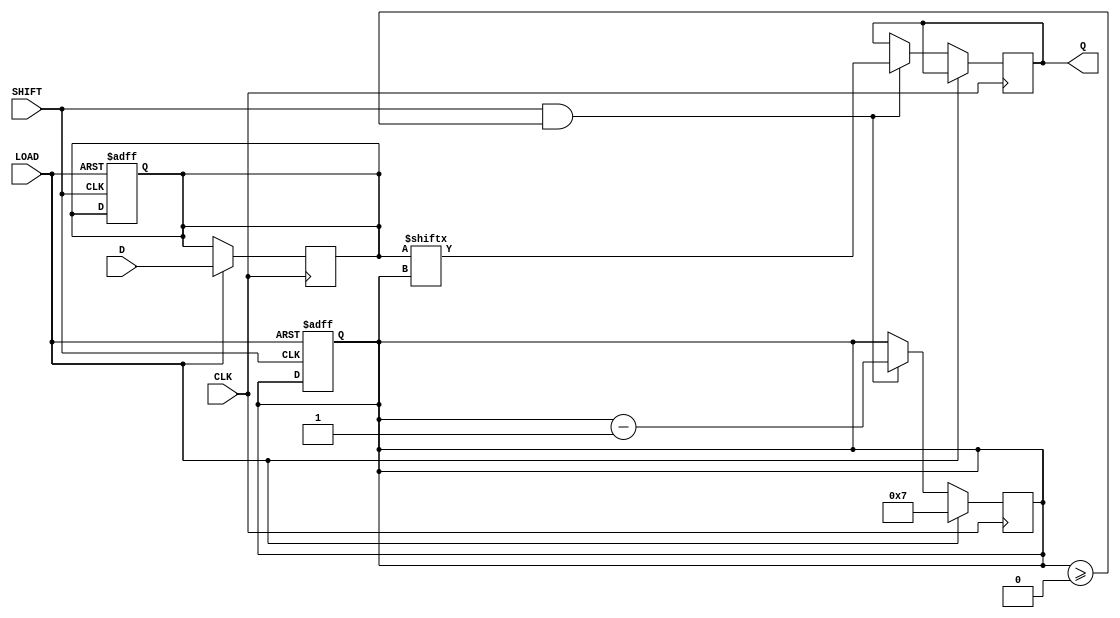
module PISO_Register #(
    parameter WIDTH = 8 // Configurable width of the register
)(
    input wire [WIDTH-1:0] D,       // Parallel Data Input
    input wire LOAD,                 // Load Control Signal
    input wire SHIFT,                // Shift Control Signal
    input wire CLK,                  // Clock Signal
    output reg Q                    // Serial Output
);

    reg [WIDTH-1:0] shift_reg;       // Internal shift register
    reg [3:0] count;                 // Bit counter for shifting

    // Synchronous logic to load data or shift out data
    always @(posedge CLK) begin
        if (LOAD) begin
            shift_reg <= D;          // Load parallel data into shift register
            count <= WIDTH - 1;     // Initialize count to the width of the register
        end
        else if (SHIFT && count >= 0) begin
            Q <= shift_reg[count];   // Shift out the MSB first
            count <= count - 1;      // Decrement count after each shift
        end
    end

    // Optional: Reset functionality to clear the shift register and counter
    always @(negedge LOAD or posedge SHIFT) begin
        if (!LOAD) begin
            shift_reg <= {WIDTH{1'b0}}; // Clear the shift register
            count <= 0;                // Reset count
        end
    end

endmodule